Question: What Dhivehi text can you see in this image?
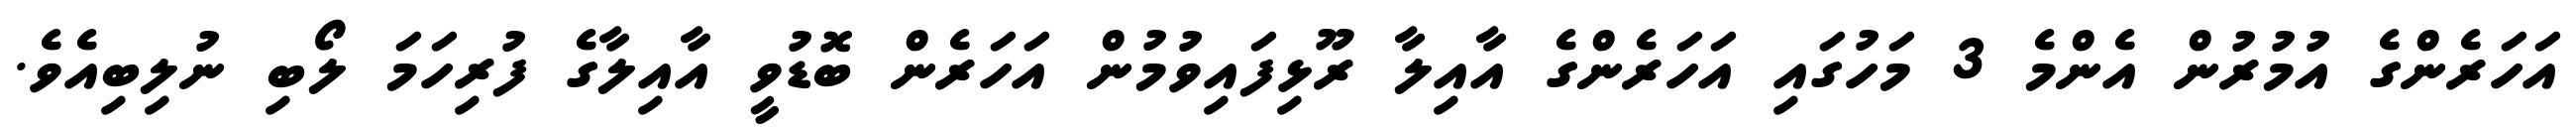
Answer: އަހަރެންގެ އުމުރުން އެންމެ 3 މަހުގައި އަހަރެންގެ އާއިލާ ރޫޅިފައިވުމުން އަހަރެން ބޮޑުވީ އާއިލާގެ ފުރިހަމަ ލޯބި ނުލިބިއެވެ.